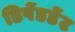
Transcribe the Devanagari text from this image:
डिपेंडडेंट